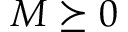
M \succeq 0